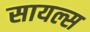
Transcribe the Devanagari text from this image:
सायल्स